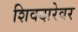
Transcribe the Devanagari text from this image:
शिवदारेवर